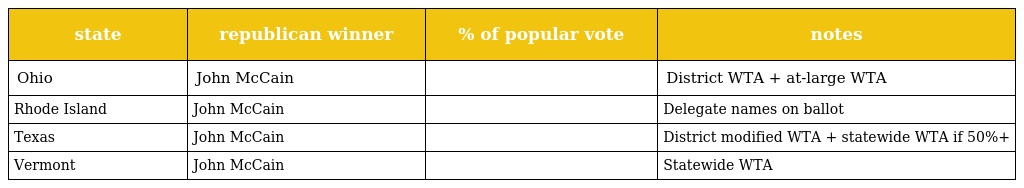
| state | republican winner | % of popular vote | notes |
 | --- | --- | --- | --- |
 | Ohio | John McCain |  | District WTA + at-large WTA |
 | Rhode Island | John McCain |  | Delegate names on ballot |
 | Texas | John McCain |  | District modified WTA + statewide WTA if 50%+ |
 | Vermont | John McCain |  | Statewide WTA |